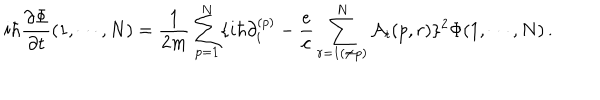
i \hbar { \frac { \partial \Phi } { \partial t } } ( 1 , \cdots , N ) = { \frac { 1 } { 2 m } } \sum _ { p = 1 } ^ { N } \{ i \hbar \partial _ { i } ^ { ( p ) } - { \frac { e } { c } } \sum _ { r = 1 ( \ne p ) } ^ { N } { \cal A } _ { i } ( p , r ) \} ^ { 2 } \Phi ( 1 , \cdots , N ) \, .